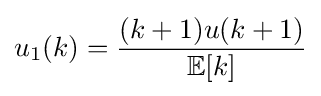
u_{1}(k)={\frac {(k+1)u(k+1)}{\mathbb {E} [k]}}